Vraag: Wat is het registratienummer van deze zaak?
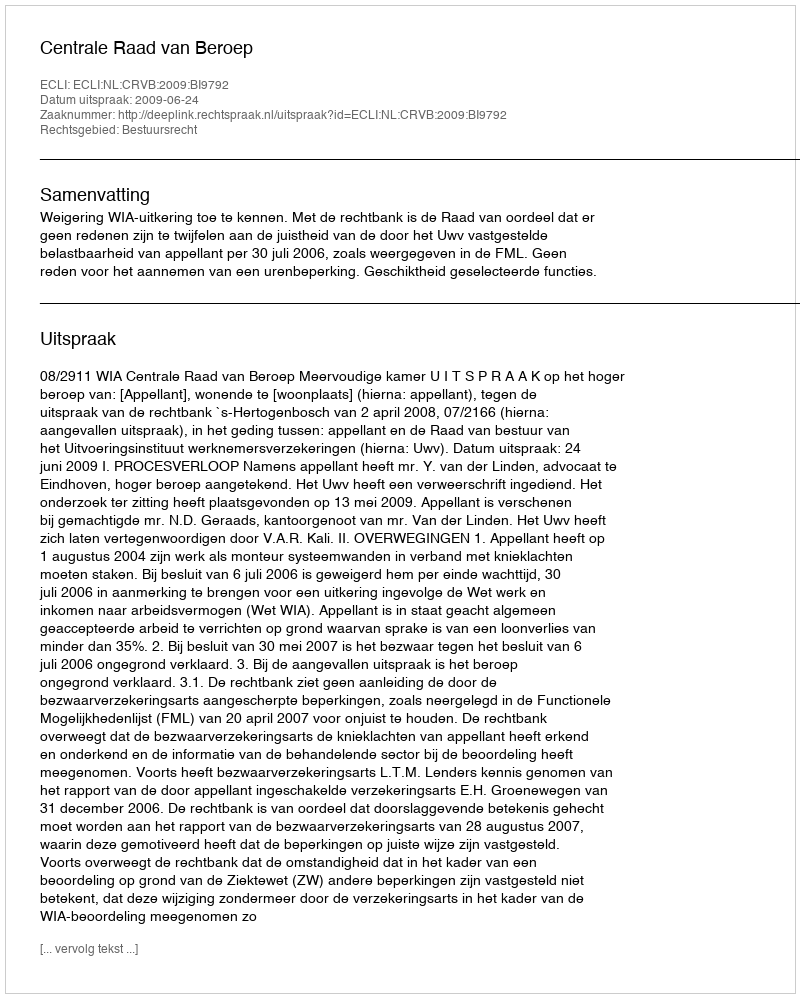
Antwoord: http://deeplink.rechtspraak.nl/uitspraak?id=ECLI:NL:CRVB:2009:BI9792